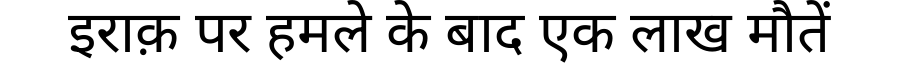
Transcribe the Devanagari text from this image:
इराक़ पर हमले के बाद एक लाख मौतें